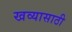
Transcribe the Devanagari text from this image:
खव्यासाठी